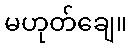
မဟုတ်ချေ။